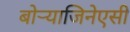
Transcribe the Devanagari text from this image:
बोऱ्याजिनेएसी